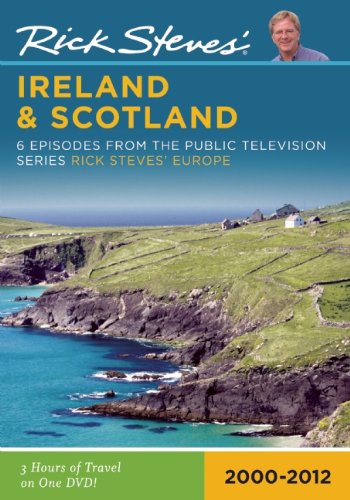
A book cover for Rick Steves' Ireland and Scotland DVD; Rick Steves; Travel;